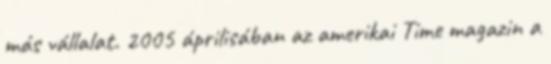
más vállalat. 2005 áprilisában az amerikai Time magazin a